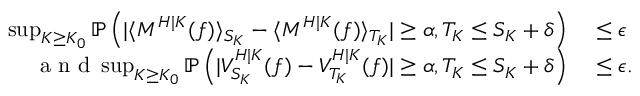
\begin{array} { r l } { \operatorname* { s u p } _ { K \geq K _ { 0 } } \mathbb { P } \left( | \langle M ^ { H | K } ( f ) \rangle _ { S _ { K } } - \langle M ^ { H | K } ( f ) \rangle _ { T _ { K } } | \geq \alpha , T _ { K } \leq S _ { K } + \delta \right) } & { { } \leq \epsilon } \\ { \mathrm { ~ a ~ n ~ d ~ } \operatorname* { s u p } _ { K \geq K _ { 0 } } \mathbb { P } \left( | V _ { S _ { K } } ^ { H | K } ( f ) - V _ { T _ { K } } ^ { H | K } ( f ) | \geq \alpha , T _ { K } \leq S _ { K } + \delta \right) } & { { } \leq \epsilon . } \end{array}